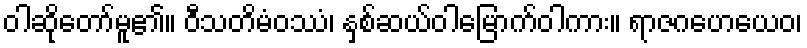
ဝါဆိုတော်မူ၏။ ဝီသတိမံဝဿံ၊ နှစ်ဆယ်ဝါမြောက်ဝါကား။ ရာဇဂဟေယေဝ၊